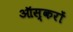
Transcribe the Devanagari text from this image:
ऑस्करों